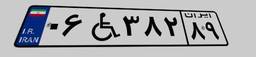
۰۶W۳۸۲۸۹